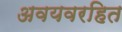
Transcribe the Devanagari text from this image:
अवयवरहित